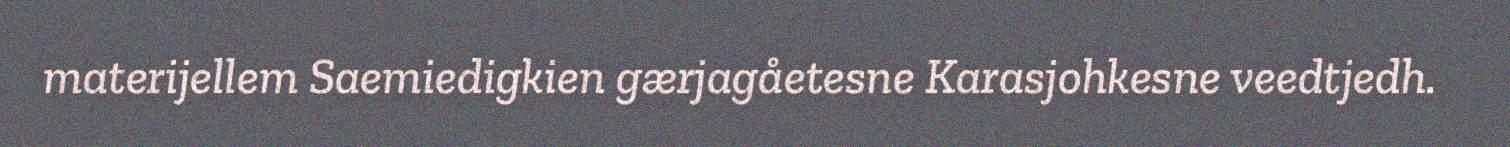
materijellem Saemiedigkien gærjagåetesne Karasjohkesne veedtjedh.